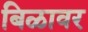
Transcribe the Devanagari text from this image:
बिळावर